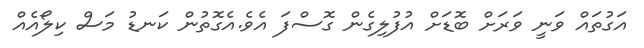
އަގުތައް ވަނީ ވަރަށް ބޮޑަށް އުފުލިގެން ގޮސްފަ އެވެ.އެގޮތުން ކަނޑު މަސް ކިލޯއެއް